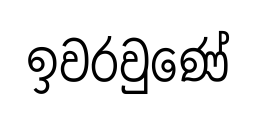
ඉවරවුණේ